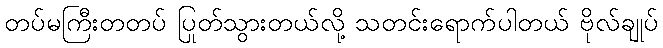
တပ်မကြီးတတပ် ပြုတ်သွားတယ်လို့ သတင်းရောက်ပါတယ် ဗိုလ်ချုပ်